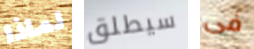
لماذا سيطلق فى